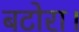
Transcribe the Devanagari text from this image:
बटोरा।